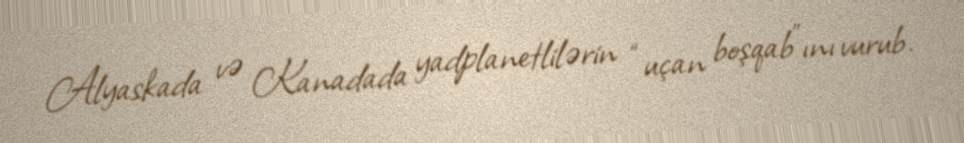
Alyaskada və Kanadada yadplanetlilərin “uçan boşqab”ını vurub.